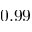
0 . 9 9